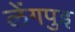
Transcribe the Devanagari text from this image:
लेंगपुइ